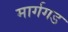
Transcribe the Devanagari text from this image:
मार्गगड